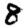
Digit: 8